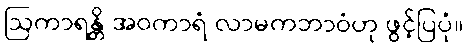
ဩကာရန္တိ အဝကာရံ လာမကဘာဝံဟု ဖွင့်ပြပုံ။